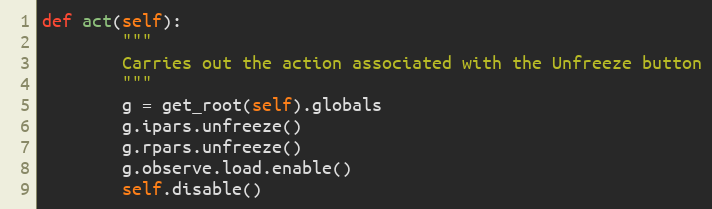
Language: Python
def act(self):
        """
        Carries out the action associated with the Unfreeze button
        """
        g = get_root(self).globals
        g.ipars.unfreeze()
        g.rpars.unfreeze()
        g.observe.load.enable()
        self.disable()